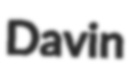
Davin